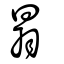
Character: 𦐇